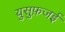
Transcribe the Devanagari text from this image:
युसुफ़जई